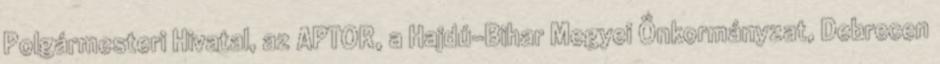
Polgármesteri Hivatal, az APTOR, a Hajdú-Bihar Megyei Önkormányzat, Debrecen